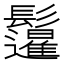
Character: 𲌣